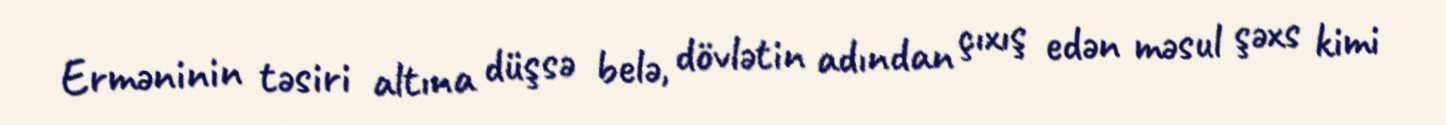
Erməninin təsiri altına düşsə belə, dövlətin adından çıxış edən məsul şəxs kimi